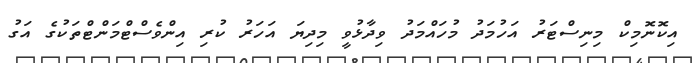
އިކޮނޮމިކް މިނިސްޓަރު އަހުމަދު މުހައްމަދު ވިދާޅުވީ މިދިޔަ އަހަރު ކުރި އިންވެސްޓްމަންޓްތަކުގެ އަގު